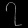
Digit: ၇